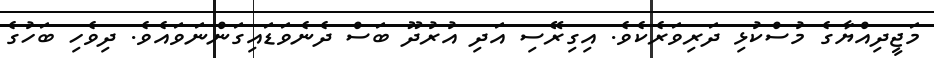
މަޖީދިއްޔާގެ މުސްކުޅި ދަރިވަރެކެވެ. އިގިރޭސި އަދި އުރުދޫ ބަސް ދެނެވަޑައިގަންނަވައެވެ. ދިވެހި ބަހުގެ